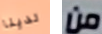
لدينا من